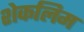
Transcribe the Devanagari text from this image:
शेकलिम